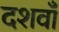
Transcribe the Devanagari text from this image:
दशवाँ